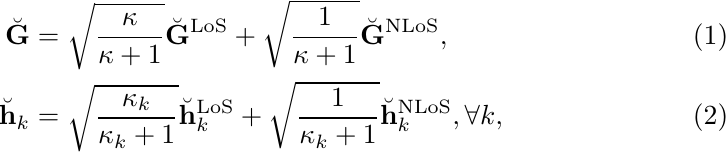
    \begin{align}
    \breve{\mathbf{G}} &= \sqrt{\frac{\kappa}{\kappa + 1}}\breve{\mathbf{G}}^\mathrm{LoS} + \sqrt{\frac{1}{\kappa + 1}}\breve{\mathbf{G}}^\mathrm{NLoS}, \\
    \breve{\mathbf{h}}_k &= \sqrt{\frac{\kappa_k}{\kappa_k + 1}}\breve{\mathbf{h}}_k^\mathrm{LoS} + \sqrt{\frac{1}{\kappa_k + 1}}\breve{\mathbf{h}}_k^\mathrm{NLoS}, \forall k,
    \end{align}